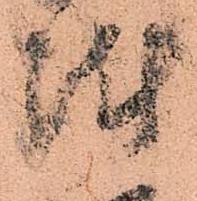
陣